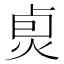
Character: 𤈴